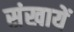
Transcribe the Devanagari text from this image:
संखायें